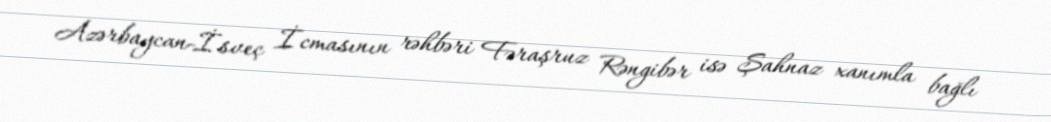
Azərbaycan-İsveç İcmasının rəhbəri Fəraşruz Rəngibər isə Şahnaz xanımla bağlı